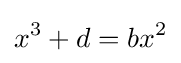
x^{3}+d=bx^{2}